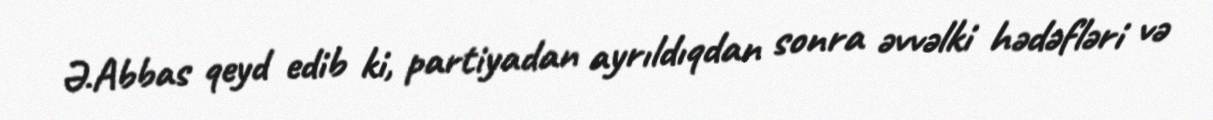
Ə.Abbas qeyd edib ki, partiyadan ayrıldıqdan sonra əvvəlki hədəfləri və